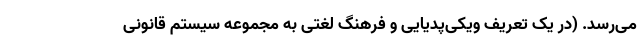
می‌رسد. (در یک تعریف ویکی‌پدیایی و فرهنگ لغتی به مجموعه سیستم قانونی